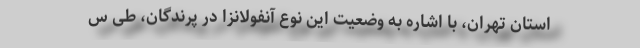
استان تهران، با اشاره به وضعیت این نوع آنفولانزا در پرندگان، طی س